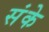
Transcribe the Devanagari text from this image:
संके